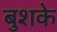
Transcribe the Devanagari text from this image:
बुशके